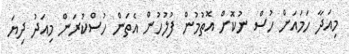
މިއަދާ ހަމައަށް ހުސް ނުކޮށް އޮތުމުން ފުލުހުން އެތަން ހުސްކުރަން މިއަދު ދިޔަ